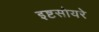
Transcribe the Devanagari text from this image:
इष्टसोयरे